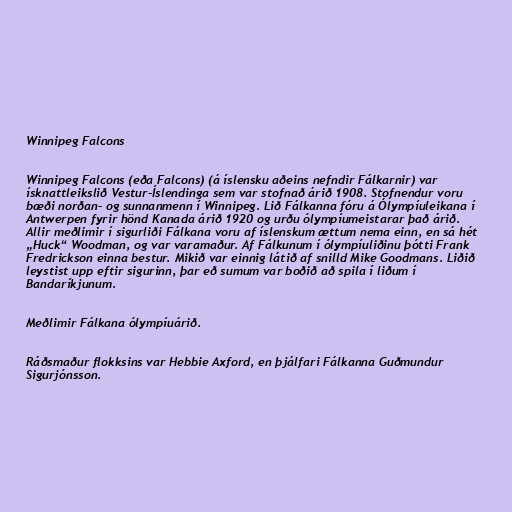
Winnipeg Falcons

Winnipeg Falcons (eða Falcons) (á íslensku aðeins nefndir Fálkarnir) var
ísknattleikslið Vestur-Íslendinga sem var stofnað árið 1908. Stofnendur voru
bæði norðan- og sunnanmenn í Winnipeg. Lið Fálkanna fóru á Ólympíuleikana í
Antwerpen fyrir hönd Kanada árið 1920 og urðu ólympíumeistarar það árið.
Allir meðlimir í sigurliði Fálkana voru af íslenskum ættum nema einn, en sá hét
„Huck“ Woodman, og var varamaður. Af Fálkunum í ólympíuliðinu þótti Frank
Fredrickson einna bestur. Mikið var einnig látið af snilld Mike Goodmans. Liðið
leystist upp eftir sigurinn, þar eð sumum var boðið að spila í liðum í
Bandaríkjunum.

Meðlimir Fálkana ólympíuárið.

Ráðsmaður flokksins var Hebbie Axford, en þjálfari Fálkanna Guðmundur
Sigurjónsson.